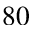
8 0